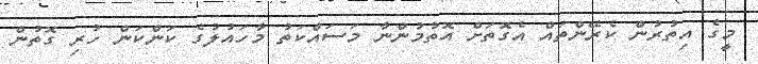
މީގެ އިތުރުން ކެރޭންތައް އެގޮތަށް އޮތުމުންނާ މަސައްކަތު މާހައުލުގެ ކަންކަން ހުރި ގޮތުން